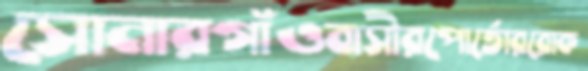
সোনারগাঁওবাসীরপোর্তোররোক